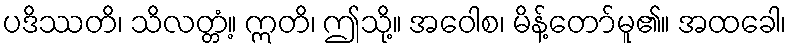
ပဒိဿတိ၊ သိလတ္တံ့။ ဣတိ၊ ဤသို့။ အဝေါစ၊ မိန့်တော်မူ၏။ အထခေါ၊